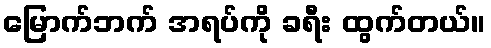
မြောက်ဘက် အရပ်ကို ခရီး ထွက်တယ်။